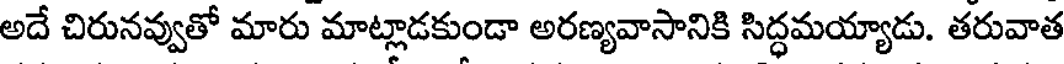
అదే చిరునవ్వుతో మారు మాట్లాడకుండా అరణ్యవాసానికి సిద్ధమయ్యాడు. తరువాత